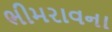
ભીમરાવના